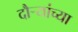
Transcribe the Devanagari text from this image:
दौर्‍यांच्या